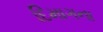
દિમાગના